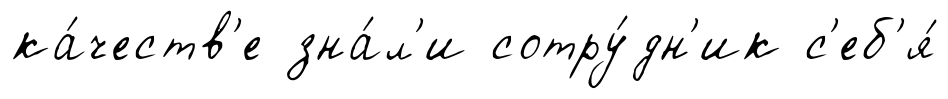
ка́честв'е зна́л'и сотру́дн'ик с'еб'я́